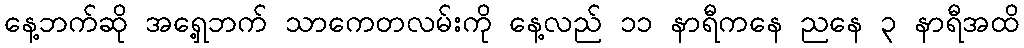
နေ့ဘက်ဆို အရှေ့ဘက် သာကေတလမ်းကို နေ့လည် ၁၁ နာရီကနေ ညနေ ၃ နာရီအထိ